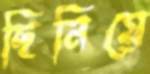
ছিনিয়ে